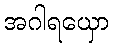
အဂါရယှော